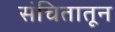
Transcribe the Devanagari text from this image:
संचितातून